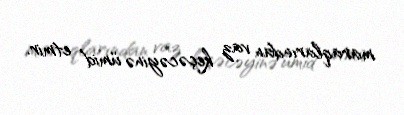
maraqlarından vaz keçəcəyinə ümid etmir.